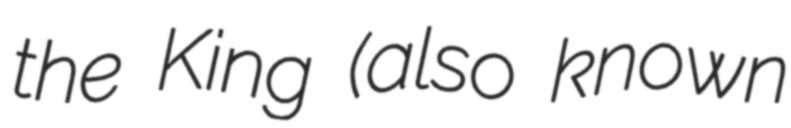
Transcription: the King (also known